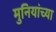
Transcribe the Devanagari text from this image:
मुनियांच्या